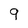
Character: 9